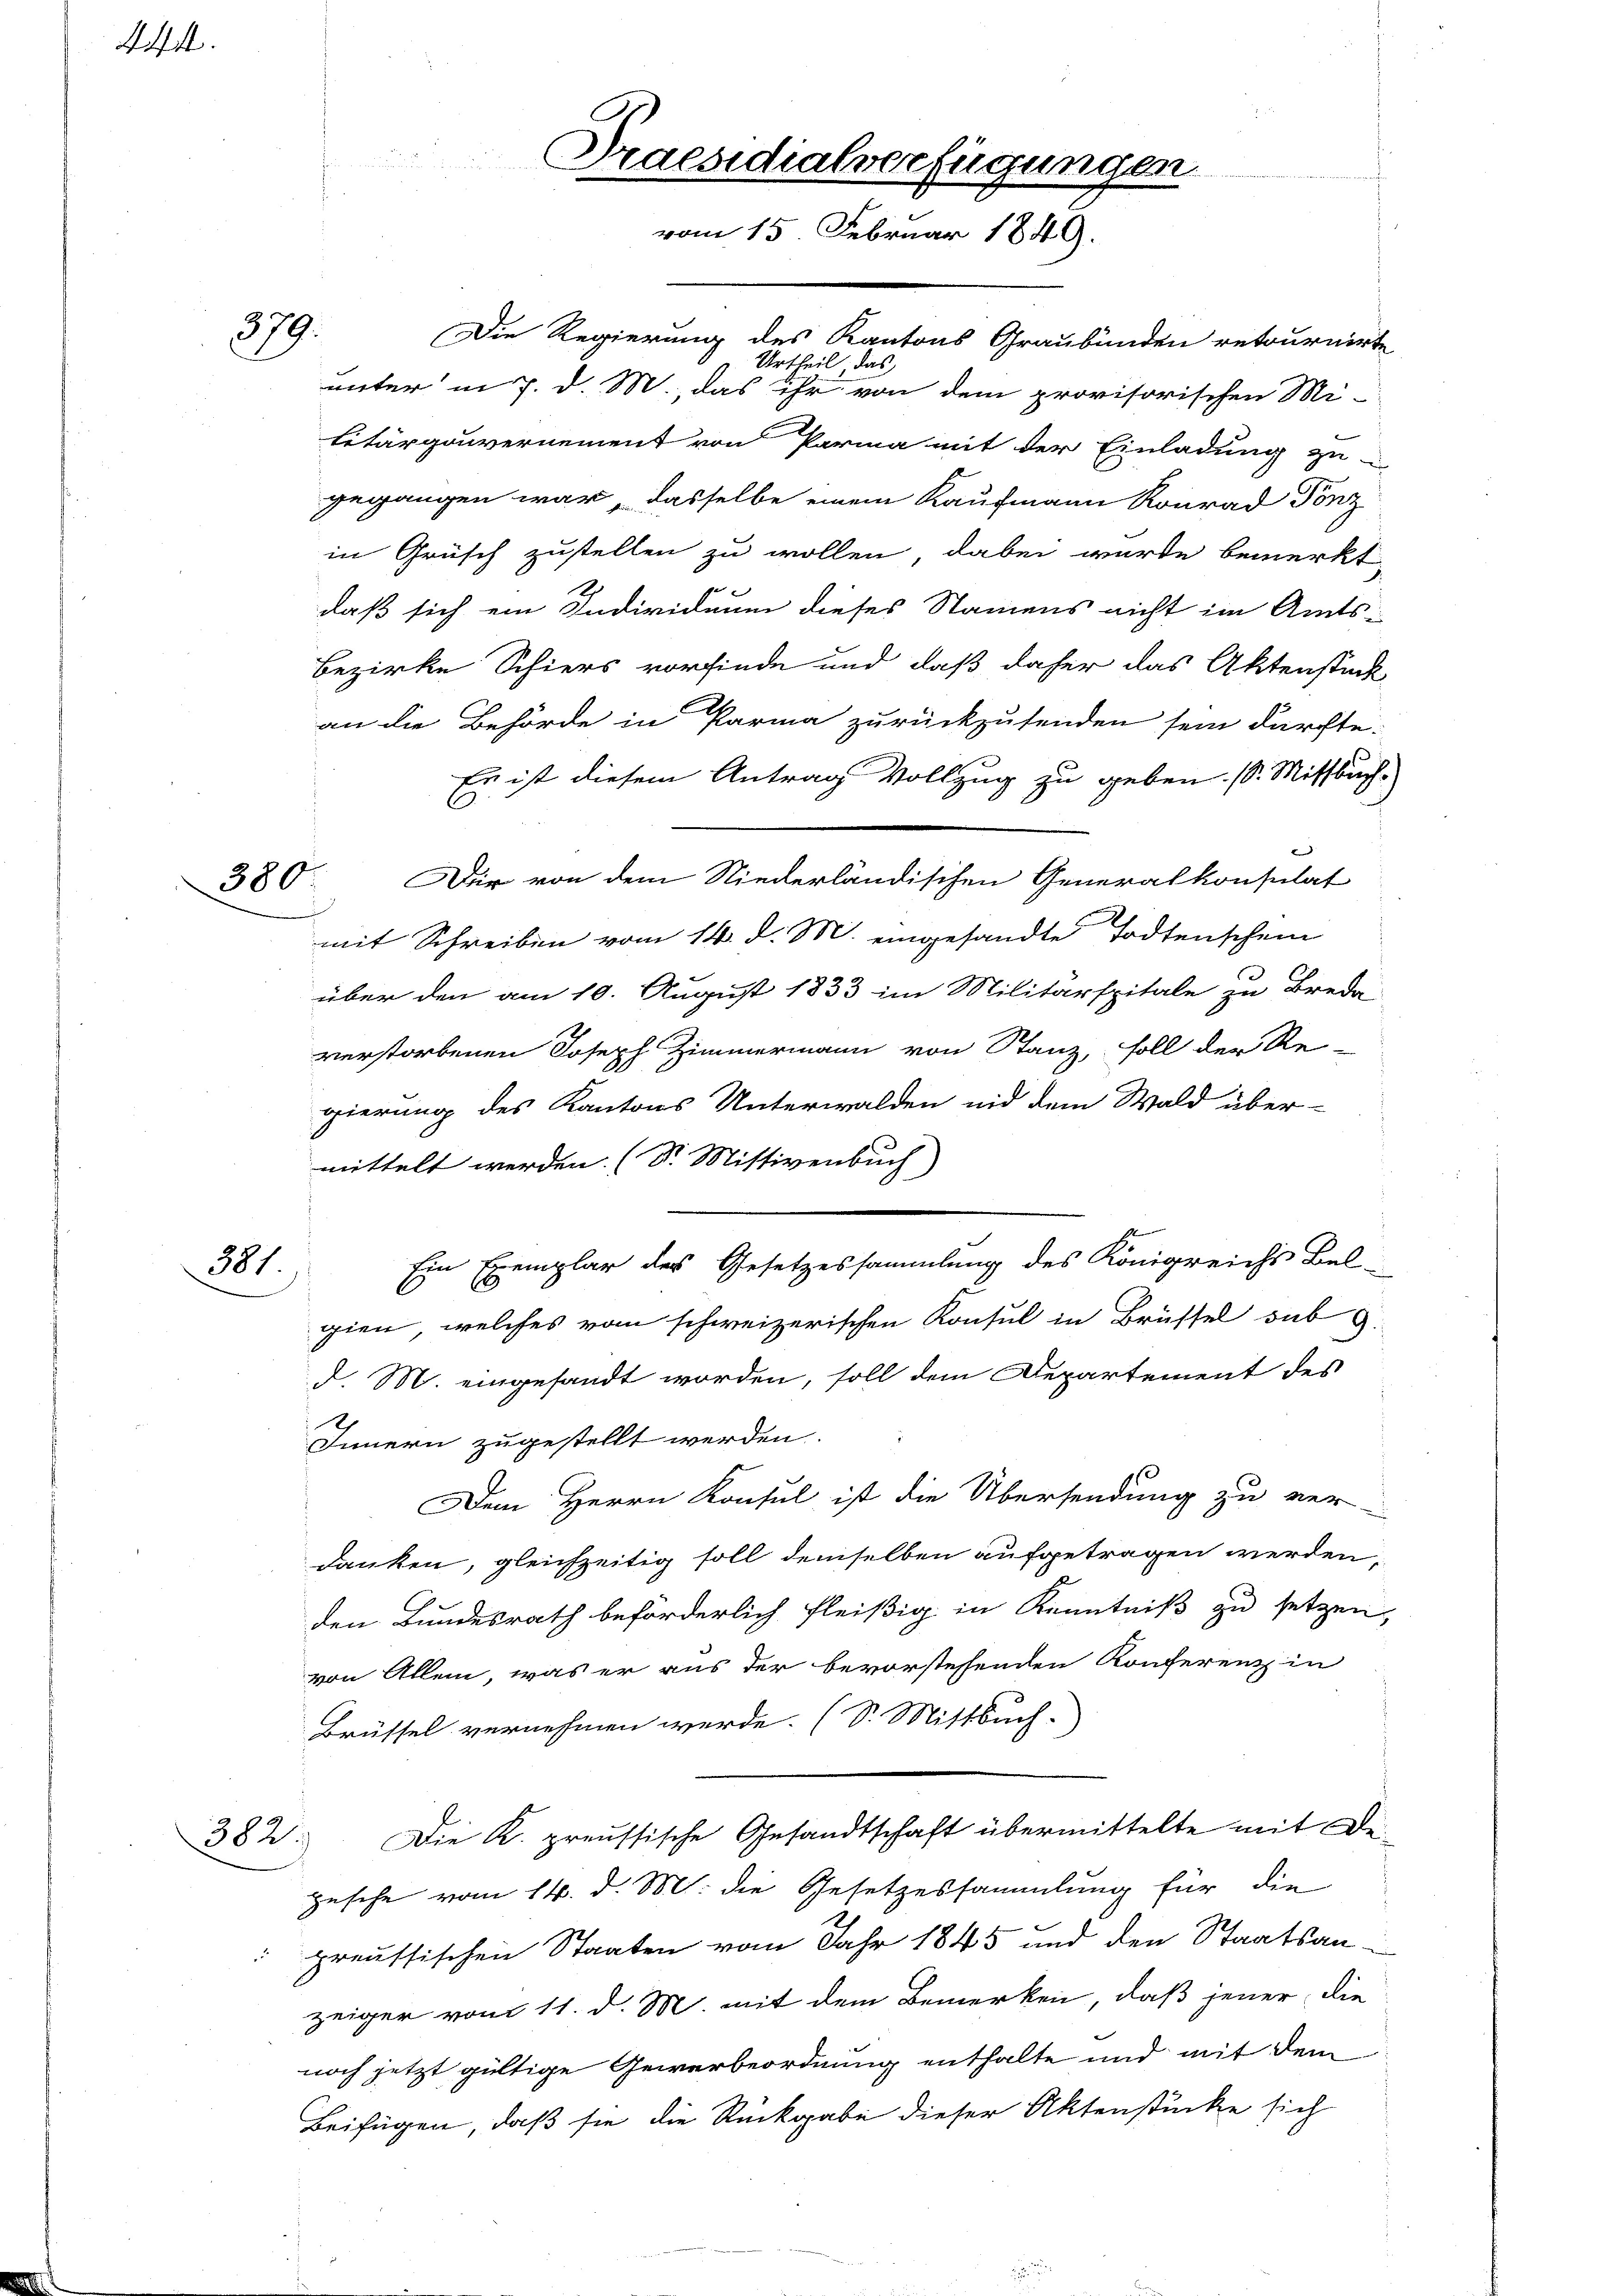
4

379.

380.

381

Praesidialverfügungen
vom 15. Februar 1849.

Die Regierung des Kantons Graubünden retournirte
theil das
1.
unter in 7. d. M., das ihr von dem provisorischen Mi-
litärgouvernement von Parma mit der Einladung zu
gegangen war, dasselbe einem Kaufmann Konrad Pönz
in Grüsch zustellen zu wollen, dabei wurde bemerkt,
daß sich ein Individuum dieses Namens nicht im Amts-
Bezirke Schiers vorfinde und daß daher das Aktenstück
an die Behörde in Parma zurückzusenden sein dürfte.
Es ist diesem Antrag Vollzug zu geben. (S. Mittbuch.
C
Dir von dem Niederländischen Generalkonsulat
mit Schreiben vom 14. d. M. eingesandte Todtenschein
über den am 10. August 1833 im Militärspitale zu Breda
verstorbenen Joseph Zimmermann von Stanz, soll der Re-
gierung des Kantons Unterwalden nid dem Wald über-
mittelt werden. (Dr. Mistivenbuch)
Ein Exemplar des Gesetzessammlung des Königreichs Bel-
gien, welches vom schweizerischen Konsul in Brüssel sub 9
d. M. eingesandt worden, soll dem Departement des
2
Innern zugestellt werden.
Dem Herrn Konsul ist die Übersendung zu ver-
danken, gleichzeitig soll demselben aufgetragen werden,
den Bundesrath beförderlich fleißig in Kenntniß zu setzen,
von Allem, was er aus der bevorstehenden Konferenz in
Brüssel vernehmen werde. (S. Mittbuch.
382. Die K. preussische Gesandtschaft übermittelte mit Dezusehe vom 14. d. M. die Gesetzessammlung für die
preussischen Staaten vom Jahr 1845 und den Staatsan-
zeiger vom 11. d. M. mit dem Bemerken, daß jener, die
noch jetzt gültige Gewerbeordnung enthalte und mit dem
Beifügen, daß sie die Rückgabe dieser Aktenstücke sich